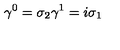
\gamma ^ { 0 } = \sigma _ { 2 } \gamma ^ { 1 } = i \sigma _ { 1 }